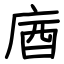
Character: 庮